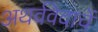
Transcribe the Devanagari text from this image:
अथर्ववेदाचें